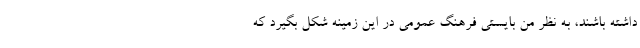
داشته باشند، به نظر من بایستی فرهنگ عمومی در این زمینه شکل بگیرد که